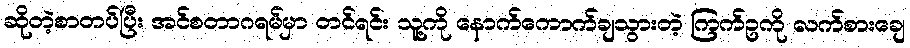
ဆိုတဲ့စာတပ်ပြီး အင်စတာဂရမ်မှာ တင်ရင်း သူ့ကို နောက်ကောက်ချသွားတဲ့ ကြက်ဥကို လက်စားချေ